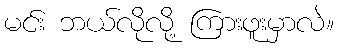
မင်း ဘယ်လိုလို့ ကြားဖူးမှာလဲ။